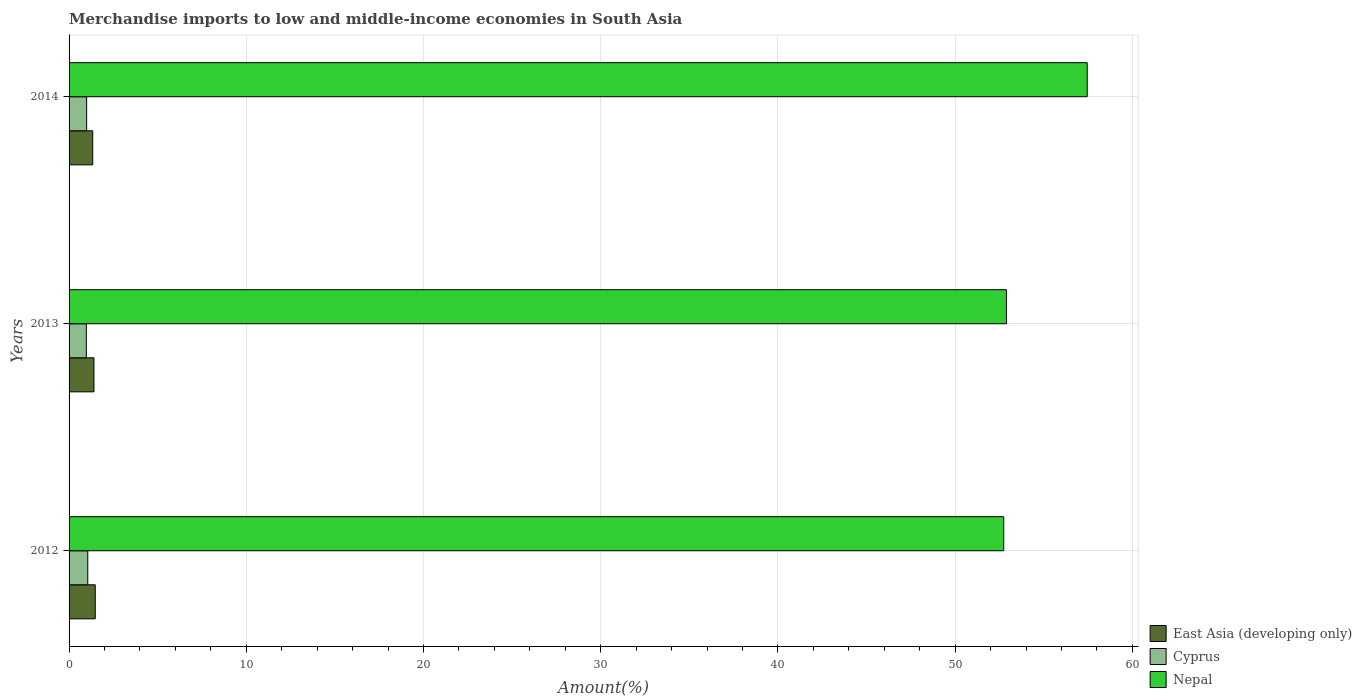
| Years | East Asia (developing only) | Cyprus | Nepal |
 | --- | --- | --- | --- |
 | 2012 | 1.48 | 1.05 | 52.7 |
 | 2013 | 1.4 | 0.974 | 52.9 |
 | 2014 | 1.34 | 0.992 | 57.5 |